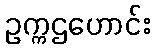
ဥက္ကဌဟောင်း